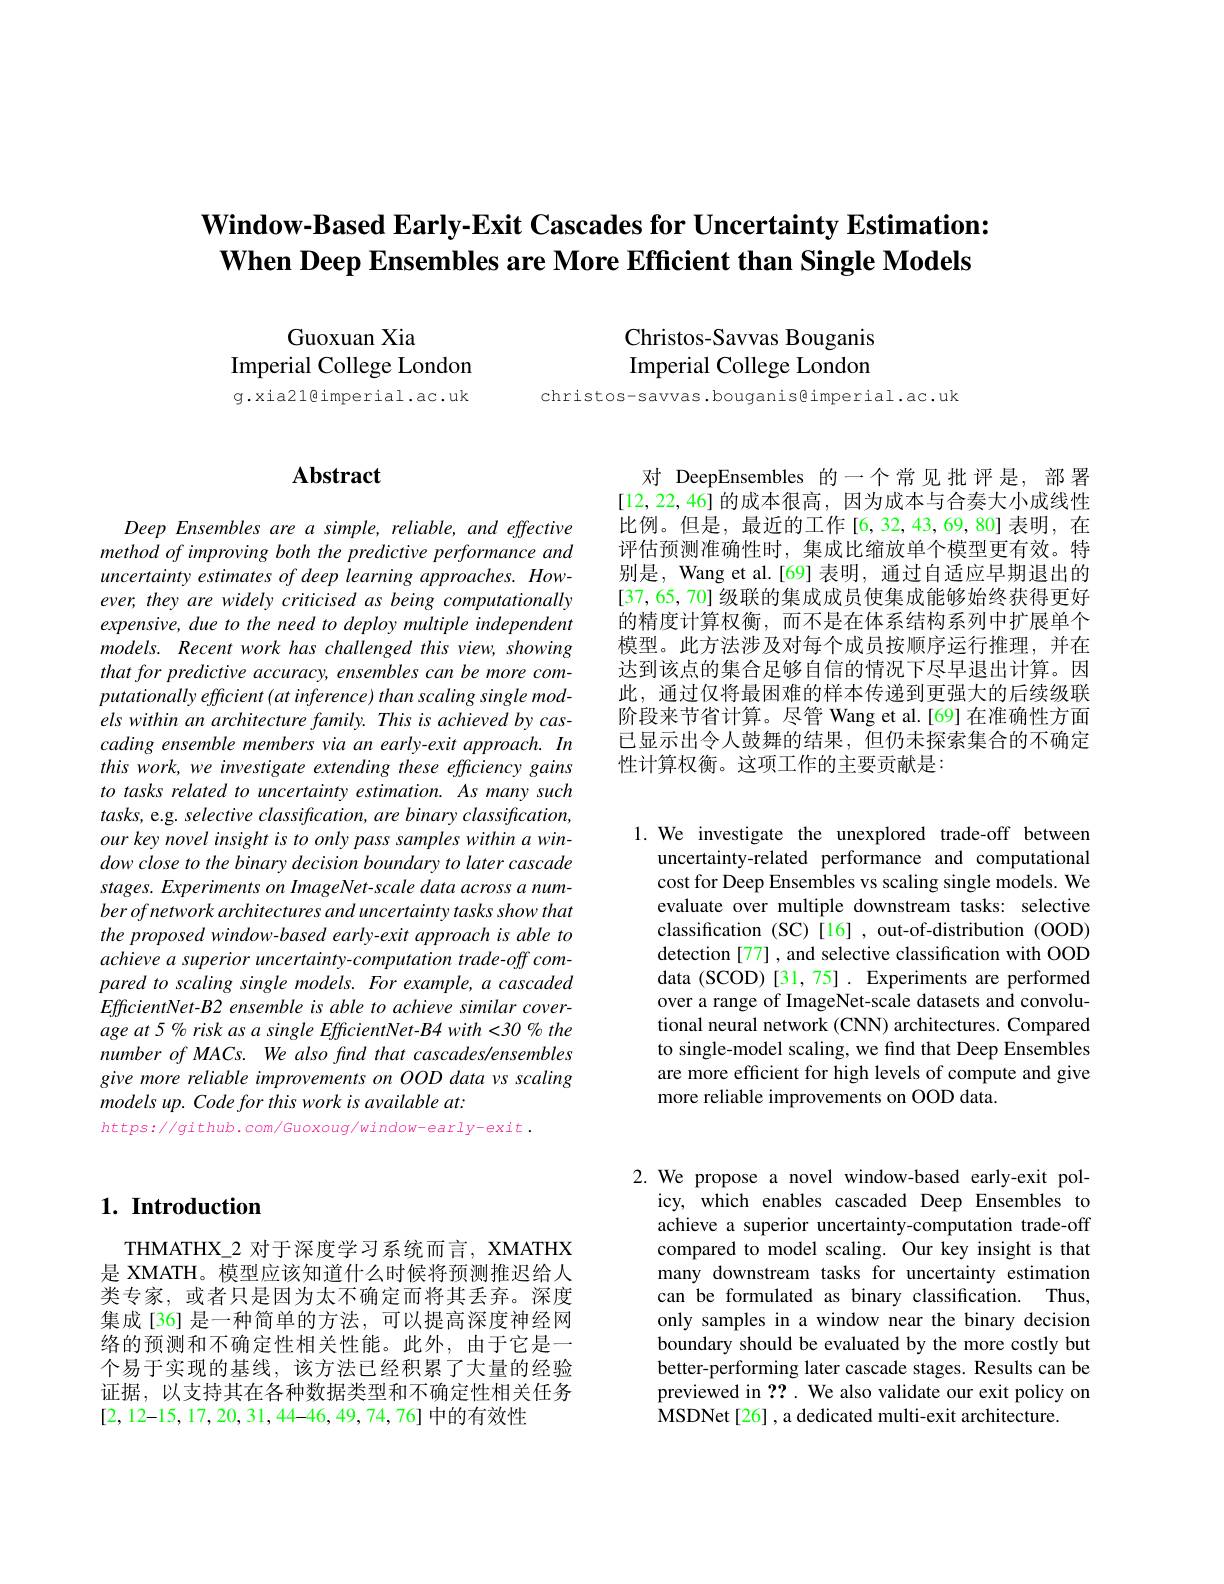
# $\textbf{Window- Based Early- Exit Cascades for Uncertainty Estimation: }$ When Deep Ensembles are More Efficient than Single Models

Christos-Savvas Bouganis Imperial College London

christos-savvas.bouganis@imperial.ac.uk

Guoxuan Xia
Imperial College London g.xia21@imperial.ac.uk

# Abstract

Deep Ensembles are a simple, reliable, and effective method of improving both the predictive performance and uncertainty estimates of deep learning approaches. However, they are widely criticised as being computationally expensive, due to the need to deploy multiple independent models. Recent work has challenged this view, showing that for predictive accuracy, ensembles can be more computationally efficient (at inference) than scaling single models within an architecture family. This is achieved by cascading ensemble members via an early-exit approach. In this work, we investigate extending these efficiency gains to tasks related to uncertainty estimation. As many such tasks, e.g. selective classification, are binary classification, our key novel insight is to only pass samples within a window close to the binary decision boundary to later cascade stages. Experiments on ImageNet-scale data across a numberofnetworkarchitecturesanduncertaintytasksshowthat the proposed window-based early-exit approach is able to achieve a superior uncertainty-computation trade-off compared to scaling single models. For example, a cascaded $EfficientNet-B2$ ensemble is able to achieve similar coverage at 5 % risk as a single EfficientNet-B4 with<30 % the number of MACs. We also find that cascades/ensembles give more reliable improvements on OOD data vs scaling models up. Code for this work is available at:
$https://github.com/Guoxoug/window-early-exit.$

对 DeepEnsembles 的一个常见批评是，部署[12,22,46]的成本很高，因为成本与合奏大小成线性比例。但是，最近的工作[6,32,43,69,80]表明，在评估预测准确性时，集成比缩放单个模型更有效。特别是，Wang et al.[69] 表明，通过自适应早期退出的[37,65,70]级联的集成成员使集成能够始终获得更好的精度计算权衡，而不是在体系结构系列中扩展单个模型。此方法涉及对每个成员按顺序运行推理，并在达到该点的集合足够自信的情况下尽早退出计算。因此，通过仅将最困难的样本传递到更强大的后续级联阶段来节省计算。尽管 Wang et al.[69] 在准确性方面已显示出令人鼓舞的结果，但仍未探索集合的不确定性计算权衡。这项工作的主要贡献是：

1. We investigate the unexplored trade-off between
uncertainty-related performance and computational cost for Deep Ensembles vs scaling single models. We evaluate over multiple downstream tasks: selective classification (SC)[16] , out-of-distribution (OOD) detection [77] , and selective classification with OOD data (SCOD)[31,75]. Experiments are performed over a range of ImageNet-scale datasets and convolutional neural network (CNN) architectures. Compared to single-model scaling, we find that Deep Ensembles are more efficient for high levels of compute and give more reliable improvements on OOD data.

## $1. \textbf{Introduction}$

THMATHX\_2 对于深度学习系统而言，XMATHX 是 XMATH。模型应该知道什么时候将预测推迟给人类专家，或者只是因为太不确定而将其丢弃。深度集成[36] 是一种简单的方法，可以提高深度神经网络的预测和不确定性相关性能。此外，由于它是一个易于实现的基线，该方法已经积累了大量的经验证据，以支持其在各种数据类型和不确定性相关任务[2,12-15,17,20,31,44-46,49,74,76]中的有效性

2. We propose a novel window-based early-exit pol-
icy, which enables cascaded Deep Ensembles to achieve a superior uncertainty-computation trade-off compared to model scaling. Our key insight is that many downstream tasks for uncertainty estimation can be formulated as binary classification. Thus, only samples in a window near the binary decision boundary should be evaluated by the more costly but better-performing later cascade stages. Results can be previewed in ?? . We also validate our exit policy on MSDNet[26] , a dedicated multi-exit architecture